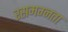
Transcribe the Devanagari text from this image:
रसमग्नता